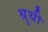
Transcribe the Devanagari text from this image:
श्रुथी